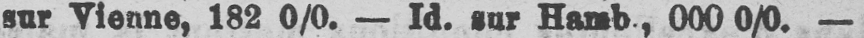
sur Vienne, 182 0/0. - Id. sur Hamb, 000 0/0. -